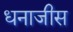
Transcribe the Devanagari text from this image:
धनाजीस